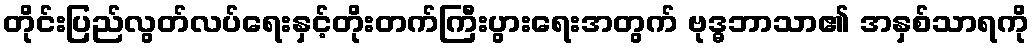
တိုင်းပြည်လွတ်လပ်ရေးနှင့်တိုးတက်ကြီးပွားရေးအတွက် ဗုဒ္ဓဘာသာ၏ အနှစ်သာရကို